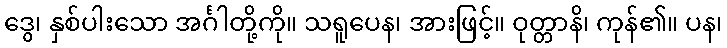
ဒွေ၊ နှစ်ပါးသော အင်္ဂါတို့ကို။ သရူပေန၊ အားဖြင့်။ ဝုတ္တာနိ၊ ကုန်၏။ ပန၊